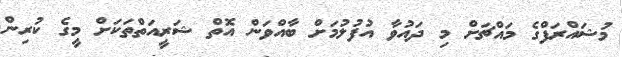
މުޝައްރަފްގެ މައްޗަށް މި ދައުވާ އުފުލުމަށް ބާއްވަން އޮތް ޝަރީއަތްތަކަށް މީގެ ކުރިން